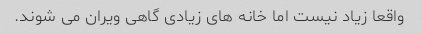
واقعا زیاد نیست اما خانه های زیادی گاهی ویران می شوند.